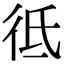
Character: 彽